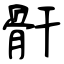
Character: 骭